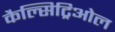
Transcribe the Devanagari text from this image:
कैल्सिट्रिओल